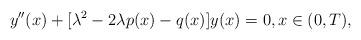
LaTeX: \begin{align*}y''(x)+[\lambda^2-2\lambda p(x)-q(x)]y(x)=0,x\in (0,T),\end{align*}